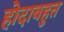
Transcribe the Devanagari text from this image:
होदाबहुत